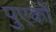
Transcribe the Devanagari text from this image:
पुएर्को